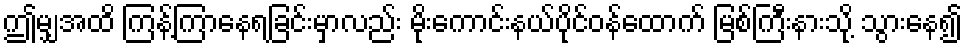
ဤမျှအထိ ကြန့်ကြာနေရခြင်းမှာလည်း မိုးကောင်းနယ်ပိုင်ဝန်ထောက် မြစ်ကြီးနားသို့ သွားနေ၍